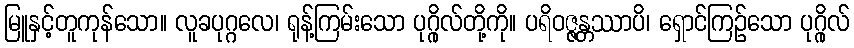
မြူနှင့်တူကုန်သော။ လူခပုဂ္ဂလေ၊ ရုန့်ကြမ်းသော ပုဂ္ဂိုလ်တို့ကို။ ပရိဝဇ္ဇန္တဿာပိ၊ ရှောင်ကြဉ်သော ပုဂ္ဂိုလ်